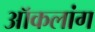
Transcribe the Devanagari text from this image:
ऑकलांग